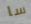
سا